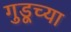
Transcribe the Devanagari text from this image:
गुडूच्या